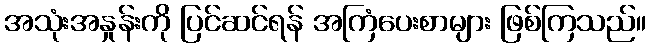
အသုံးအနှုန်းကို ပြင်ဆင်ရန် အကြံပေးစာများ ဖြစ်ကြသည်။